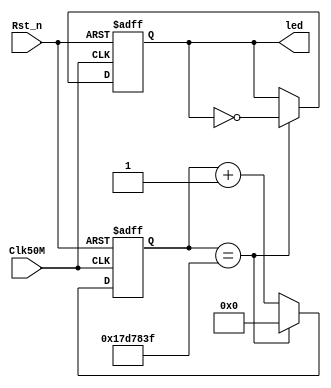
/**
	 
		1. led
		2. ledled;
		50MHzled1s;
		
		1. ;
		2. always
		3.  pin planner
*/
module counter(Clk50M, Rst_n,led);
	
	input Clk50M;  // 50M
	input Rst_n;	// 
	
	output reg led;	// led
	reg [24:0]cnt;		// 
	
	// 
	always@(posedge Clk50M or negedge Rst_n)
	if(Rst_n == 1'b0)
		cnt <= 25'd0;
	else if(cnt == 25'd24_999_999)
		cnt <= 25'd0;
	else
		cnt <= cnt + 1'b1;
	// led
	always@(posedge Clk50M or negedge Rst_n)
	if(Rst_n == 1'b0)
		led <= 1'b1;
	else if(cnt == 25'd24_999_999)
		led <= ~led;
	else
		led <= led;
endmodule